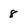
Character: 8